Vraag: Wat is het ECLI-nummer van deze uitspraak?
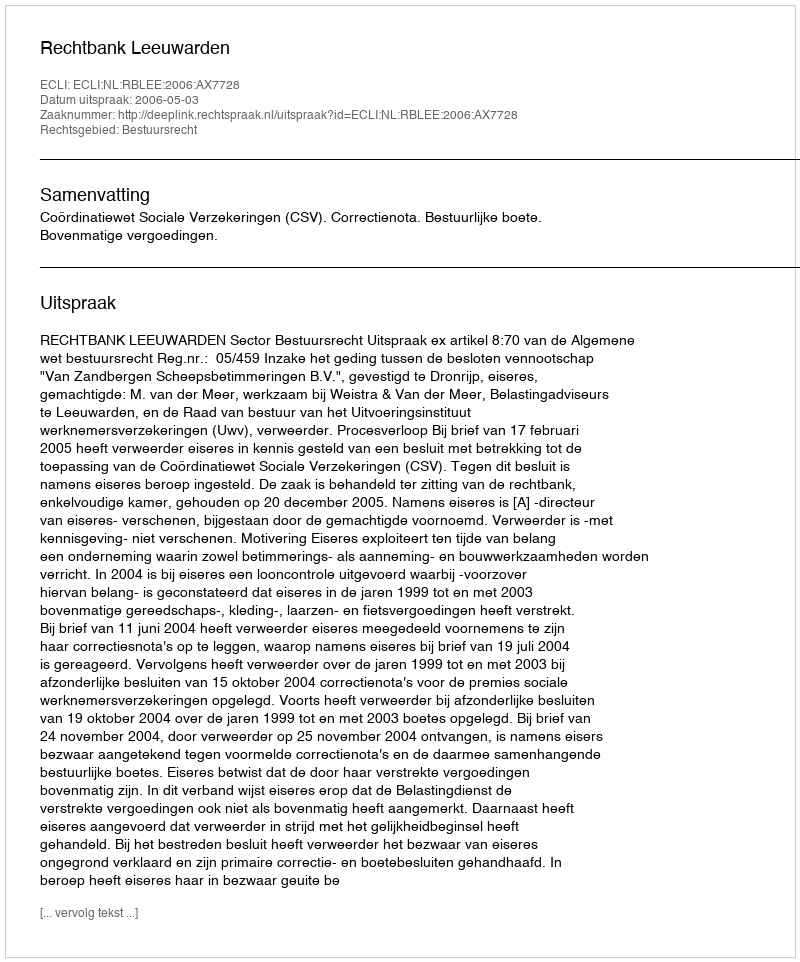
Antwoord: ECLI:NL:RBLEE:2006:AX7728